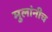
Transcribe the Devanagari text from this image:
मुलांनीच